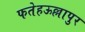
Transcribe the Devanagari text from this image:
फतेहऊल्लापुर